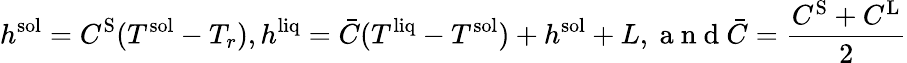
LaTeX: h^{\mathrm{sol}}=C^{\mathrm{S}}(T^{\mathrm{sol}}-T_{r}),h^{\mathrm{liq}}=\bar{C}(T^{\mathrm{liq}}-T^{\mathrm{sol}})+h^{\mathrm{sol}}+L,\mathrm{~a~n~d~}\bar{C}=\frac{C^{\mathrm{S}}+C^{\mathrm{L}}}{2}